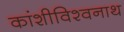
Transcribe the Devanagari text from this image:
कांशीविश्वनाथ